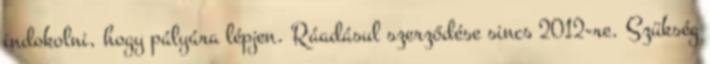
indokolni, hogy pályára lépjen. Ráadásul szerződése sincs 2012-re. Szükség